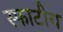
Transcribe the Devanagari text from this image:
स्फाटीय